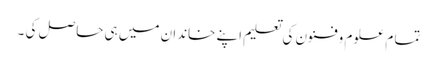
تما م علوم وفنون کی تعلیم اپنے خاندان میں ہی حاصل کی ۔